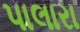
પાલારા